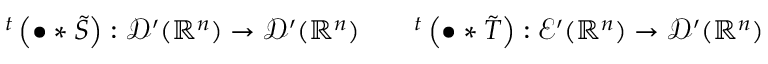
{ } ^ { t } \left( \bullet \ast { \tilde { S } } \right) : { \mathcal { D } } ^ { \prime } ( \mathbb { R } ^ { n } ) \to { \mathcal { D } } ^ { \prime } ( \mathbb { R } ^ { n } ) \qquad { } ^ { t } \left( \bullet \ast { \tilde { T } } \right) : { \mathcal { E } } ^ { \prime } ( \mathbb { R } ^ { n } ) \to { \mathcal { D } } ^ { \prime } ( \mathbb { R } ^ { n } )